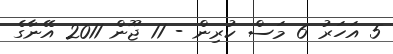
5 އަހަރު 6 މަސް ކުރިން - 11 ޖޫން 2011 އޭނާގެ